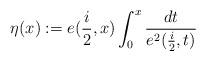
LaTeX: \begin{align*}\eta(x):=e(\frac{i}{2},x)\int_{0}^{x}\frac{dt}{e^{2}(\frac{i}{2},t)}\end{align*}